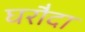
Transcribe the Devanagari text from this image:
घरौदा